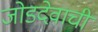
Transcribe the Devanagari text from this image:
जोडदेवाची